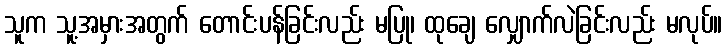
သူက သူ့အမှားအတွက် တောင်းပန်ခြင်းလည်း မပြု၊ ထုချေ လျှောက်လဲခြင်းလည်း မလုပ်။